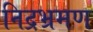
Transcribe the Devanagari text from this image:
निद्रभ्रमण